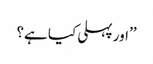
’’اور پہلی کیا ہے؟